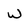
Character: W